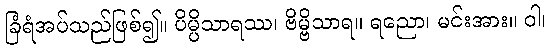
ခြံရံအပ်သည်ဖြစ်၍။ ပိမ္ပိသာရဿ၊ ဗိမ္ဗိသာရ။ ရညော၊ မင်းအား။ ဝါ၊